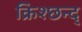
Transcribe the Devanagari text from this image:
क्रिश्छन्द्